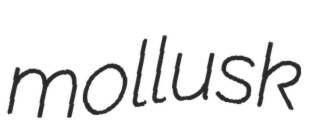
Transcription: mollusk